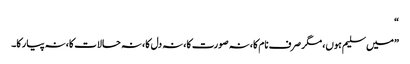
“
”میں سلیم ہوں، مگر صرف نام کا، نہ صورت کا، نہ دل کا، نہ حالات کا، نہ پیار کا۔